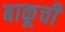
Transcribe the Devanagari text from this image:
बाकूची